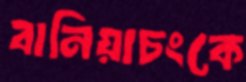
বানিয়াচংকে